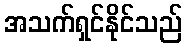
အသက်ရှင်နိုင်သည်